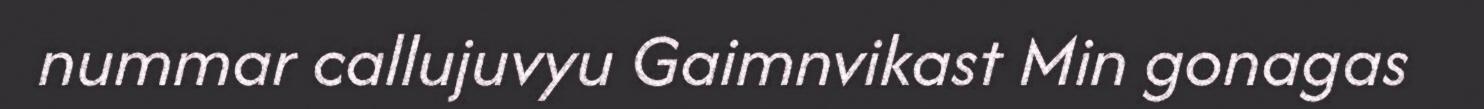
nummar callujuvyu Gaimnvikast Min gonagas